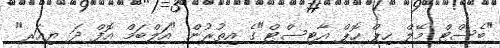
"ބެސްޓް މޭލް ހިޕް ހޮޕް އާޓިސްޓް"ގެ އިތުރުން "އަލްބަމް އޮފް ދަ ޔިއަރ"